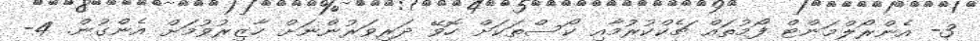
3- އެންރޯލްމަންޓް ފޯމުތައް ޗެކްކުރުމާއި ކޯސްތަކަށް ހޮވޭ ދަރިވަރުންނަށް ހާޒިރުވުމަށް އެންގުން. 4-